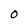
Character: O